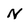
Character: N